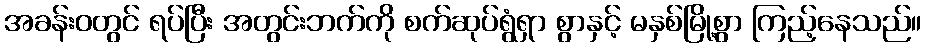
အခန်းဝတွင် ရပ်ပြီး အတွင်းဘက်ကို စက်ဆုပ်ရွံရှာ စွာနှင့် မနှစ်မြို့စွာ ကြည့်နေသည်။